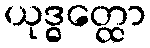
ယုဒ္ဓတ္ထော